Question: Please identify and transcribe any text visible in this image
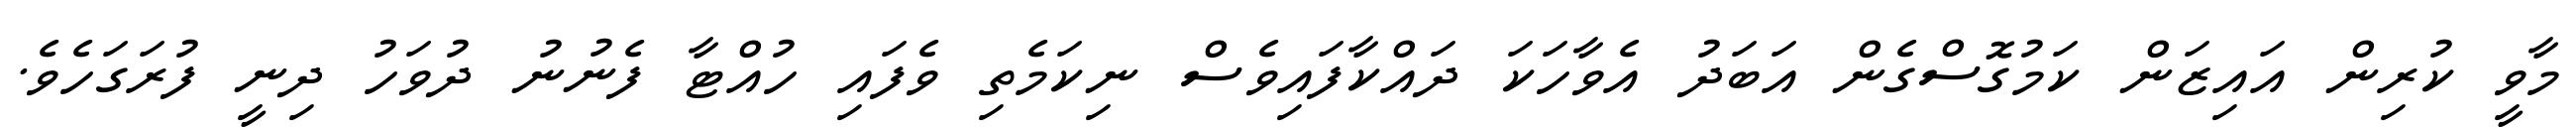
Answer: މާވީ ކުރިން އައިޒަން ކަމުގޮސްގެން އަބަދު އެވާހަކަ ދައްކާފައިވެސް ނިކަމެތި ވެފައި ހުއްޓާ ފެނުނު ދުވަހު ދިނީ ފުރަގަހެވެ.